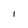
Character: l